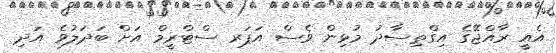
އެއީ ރާއްޖޭގެ އިގްތިސާދު މުޅިން ވެސް އަޕަރ ސްޓްރީމް އަށް ބަދަލުވެ އަދި